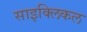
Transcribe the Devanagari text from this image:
साइक्लिकल